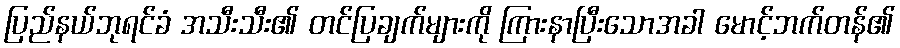
ပြည်နယ်ဘုရင်ခံ အသီးသီး၏ တင်ပြချက်များကို ကြားနာပြီးသောအခါ မောင့်ဘက်တန်၏